Annual report on the lock hospitals of the Madras Presidency
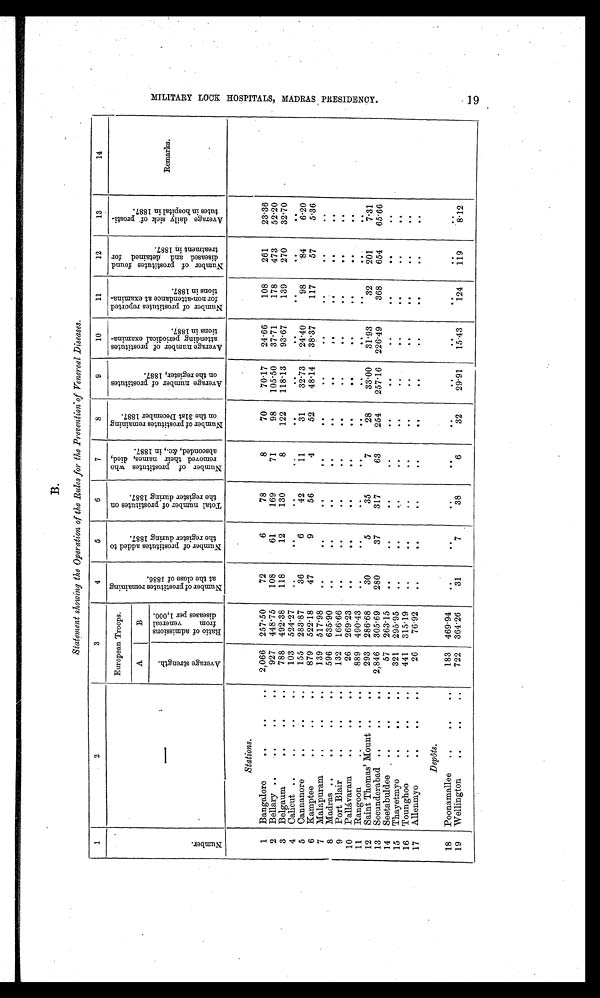
Statement showing the Operation of the Rules for the Prevention of Venereal Diseases.
1
2
3
4
5
6
7
8
9
10
11
12
13
14
N u m b e r .
—
European Troops.
N u m b e r o f p r o s t i t u t e s r e m a i n g
a t t h e c l o s e o f 1 8 8 6 .
N u m b e r o f p r o s t i t u t e s a d d e d t o
t h e r e g i s t e r d u r i n g 1 8 8 7 .
T o t a l n u m b e r o f p r o s t i t u t e s o n
t h e r e g i s t e r d u r i n g 1 8 8 7 .
N u m b e r o f p r o s t i t u t e s w h o
r e m o v e d t h e i r n a m e s , d i e d ,
a b s c o n d e d , & c . , i n 1 8 8 7 .
N u m b e r o f p r o s t i t u t e s r e m a i n i n g
o n t h e 3 1 s t D e c e m b e r 1 8 8 7 .
A v e r a g e n u m b e r o f p r o s t i t u t e s
o n t h e r e g i s t e r , 1 8 8 7 .
A v e r a g e n u m b e r o f p r o s t i t u t e s
a t t e n d i n g p e r i o d i c a l e x a m i n a -
t i o n s i n 1 8 8 7 .
N u m b e r o f p r o s t i t u t e s r e p o r t e d
f o r n o n - a t t e n d a n c e a t e x a m i n a -
t i o n s i n 1 8 8 7 .
N u m b e r o f p r o s t i t u t e s f o u n d
d i s e a s e d a n d d e t a i n e d f o r
t r e a t e m e n t i n 1 8 8 7 .
A v e r a g e d a i l y s i c k o f p r o s t i -
t u t e s i n h o s p i t a l i n 1 8 8 7 .
Remarks.
A
B
A v e r a g e s t r e n g t h .
R a t i o o f a d m i s s i o n s
f r o m v e n e r a l
d i s e a s e s p e r 1 , 0 0 0 .
Stations.
1 Bangalore .. .. ..
2,066 257.50
72
6
78
8
70
70.17 24.66
108
261
23.36
2 Bellary .. .. ..
927 448.75
108
61
169
71
98 105.50 37.71
178
473
52.20
3 Belgaum .. .. ..
788 492.38
118
12
130
8
122 118.13 93.67
139
270
32.70
4 Calicut .. .. ..
103 524.27
..
. .
. . ..
. .
. . .. ..
..
5 Cannanore .. .. ..
155 283.87
36
6
42
11
31
32.73 24.40
98
84
6.20
6 Kamptee .. .. ..
879 522.18
47
9
56
4
52
48.14 38.37
117
57
5.36
7 Malapuram .. .. ..
139 517.98
..
..
..
. .
. .
..
..
. .
. .
. .
8 Madras .. .. ..
596 635.90
. .
. . ..
. .
. .
. .
. .
. .
. .
. .
9 Port Blair .. .. ..
132 166.66
. .
. . ..
. .
. .
. .
. .
. .
. .
. .
10 Pallávaram .. .. ..
26 269.23
. .
. .
. .
. .
. .
. .
. . . .
. .
. .
11 Rangoon .. .. ..
889 490.43
..
. .
. .
. .
. .
. .
. .
. .
. .
. .
12 Saint Thomas' Mount .. .. ..
293 286.68
30
5
35
7
28
33.00 31.93
32
201
7.31
13 Secunderabad .. .. ..
2,846 305.69
280
37
317
63
254 257.16 226.49
368
654
65.66
14 Seetabuldee .. .. ..
57 263.15
. .
. . ..
. .
. .
. .
. .
. .
. .
. .
15 Thayetmyo .. .. ..
321 295.95
. .
. .
. .
. .
. . ..
..
. .
. .
. .
16 Tounghoo .. .. ..
441 315.19
. .
. .
. .
. .
. .
. .
. .
. .
. .
17 Allenmyo .. .. ..
26 76.92
. . ..
..
. .
. .
. .
. .
. .
. .
. .
Depôts.
18 Poonamallee .. .. ..
183 469.94
. .
. . ..
..
. .
..
. .
. .
. .
. .
19 Wellington .. .. ..
722 364.26
31
7
38
6
32
29.91 15.43
124
119
8.12
M I L I T A R Y L O C K H O S P I T A L S , M A D R A S P R E S I D E N C Y .
19